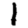
Digit: 1